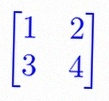
\begin{bmatrix}1&2\\3&4\end{bmatrix}